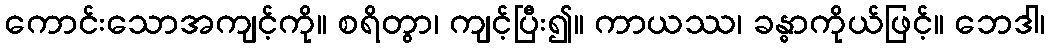
ကောင်းသောအကျင့်ကို။ စရိတွာ၊ ကျင့်ပြီး၍။ ကာယဿ၊ ခန္ဓာကိုယ်ဖြင့်။ ဘေဒါ၊